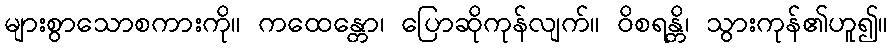
များစွာသောစကားကို။ ကထေန္တော၊ ပြောဆိုကုန်လျက်။ ဝိစရန္တိ၊ သွားကုန်၏ဟူ၍။